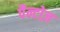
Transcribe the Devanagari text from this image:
पैन्टोज़